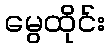
မွေထိုင်း